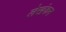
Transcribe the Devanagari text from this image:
लेखंकन